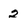
Character: 2